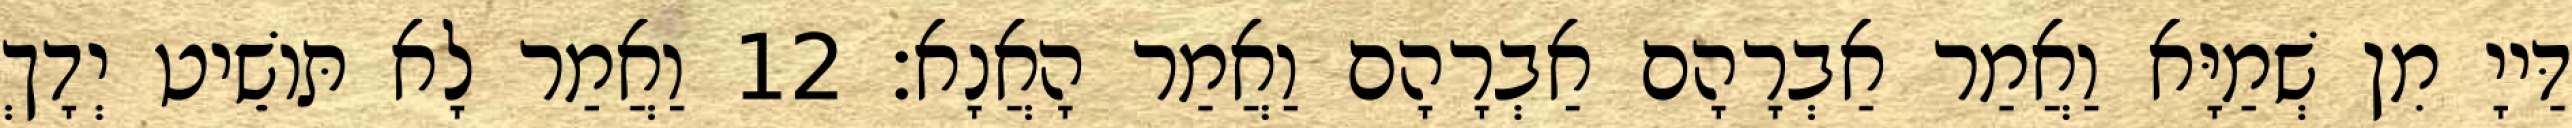
דַּייָ מִן שְׁמַיָּא וַאֲמַר אַבְרָהָם אַבְרָהָם וַאֲמַר הָאֲנָא׃ 12 וַאֲמַר לָא תּוֹשֵׁיט יְדָךְ